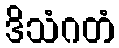
ဒိသံဂတံ